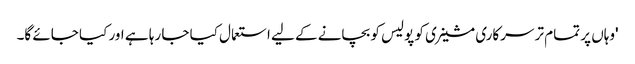
'وہاں پر تمام تر سرکاری مشینری کو پولیس کو بچانے کے لیے استعمال کیا جا رہا ہے اور کیا جائے گا۔